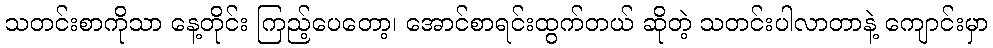
သတင်းစာကိုသာ နေ့တိုင်း ကြည့်ပေတော့၊ အောင်စာရင်းထွက်တယ် ဆိုတဲ့ သတင်းပါလာတာနဲ့ ကျောင်းမှာ